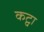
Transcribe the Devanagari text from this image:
कट्वा